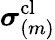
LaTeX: \boldsymbol{\sigma}_{(m)}^{\mathrm{cl}}